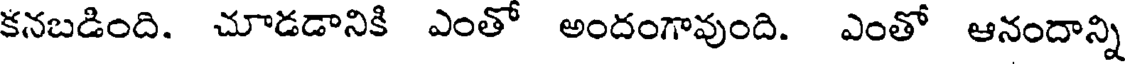
కనబడింది. చూడడానికి ఎంతో అందంగావుంది. ఎంతో ఆనందాన్ని